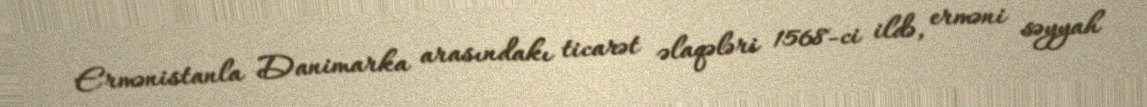
Ermənistanla Danimarka arasındakı ticarət əlaqələri 1568-ci ildə, erməni səyyah